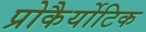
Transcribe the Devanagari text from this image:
प्रोकैर्योटिक